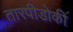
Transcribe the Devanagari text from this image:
तारपीडोकी